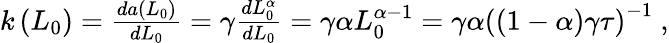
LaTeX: \begin{array}{r}{k\left(L_{0}\right)=\frac{da(L_{0})}{dL_{0}}=\gamma\frac{dL_{0}^{\alpha}}{dL_{0}}=\gamma\alpha L_{0}^{\alpha-1}=\gamma\alpha\left((1-\alpha)\gamma\tau\right)^{-1}\ ,}\end{array}